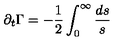
\partial _ { t } \Gamma = - \frac { 1 } { 2 } \int _ { 0 } ^ { \infty } \frac { { d } s } { s }